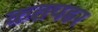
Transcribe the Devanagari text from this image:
कतपहर